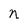
Character: n